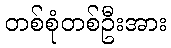
တစ်စုံတစ်ဦးအား